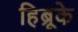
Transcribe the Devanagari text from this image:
हिब्रूके